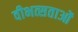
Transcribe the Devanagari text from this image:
वीभत्सताओं